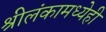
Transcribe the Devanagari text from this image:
श्रीलंकामध्येही